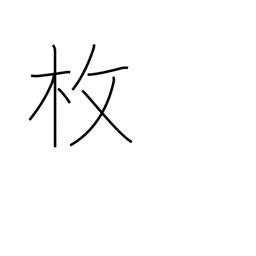
Meaning: sheet of...